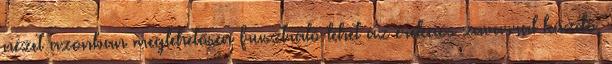
nézet azonban meglehetősen frusztráló lehet az erekciós zavarral küzdő,